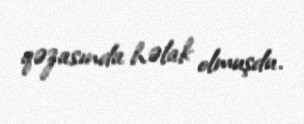
qəzasında həlak olmuşdu.